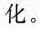
化。